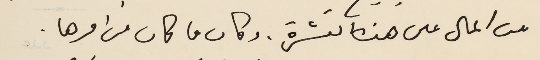
من المال على هذه النشرة. وكان ما كان من امرها.